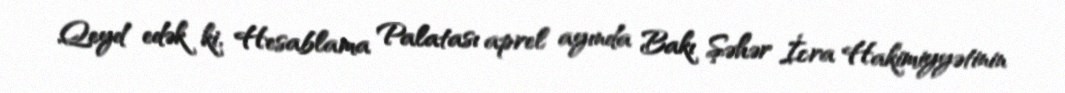
Qeyd edək ki, Hesablama Palatası aprel ayında Bakı Şəhər İcra Hakimiyyətinin